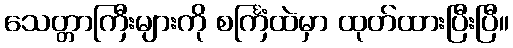
သေတ္တာကြီးများကို စင်္ကြံထဲမှာ ထုတ်ထားပြီးပြီ။